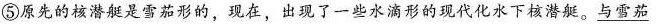
⑤原先的核潜艇是雪茄形的，现在，出现了一些水滴形的现代化水下核潜艇。\underline{与雪茄}